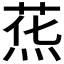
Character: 𰞯